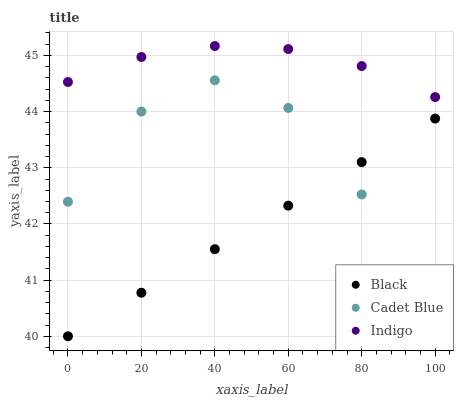
| xaxis_label | Black | Cadet Blue | Indigo |
 | --- | --- | --- | --- |
 | 0 | 40 | 42.4 | 44.5 |
 | 20 | 40.8 | 44 | 45 |
 | 40 | 41.6 | 44.6 | 45.2 |
 | 60 | 42.3 | 44.1 | 45.1 |
 | 80 | 43.1 | 42.5 | 44.8 |
 | 100 | 43.9 | 40 | 44.3 |